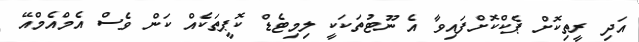
އަދި ރީތިކޮށް ޕެކްކޮށްފައިވާ އެ ނޫޓުތަކަކީ ލިމިޓެޑް ކޮޕީތަކެއް ކަން ވެސް އެމްއެމްއޭ